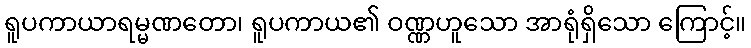
ရူပကာယာရမ္မဏတော၊ ရူပကာယ၏ ဝဏ္ဏဟူသော အာရုံရှိသော ကြောင့်။